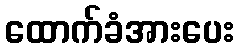
ထောက်ခံအားပေး